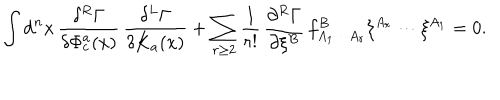
\int \mathrm { d } ^ { n } x \, \frac { \delta ^ { R } \Gamma } { \delta \Phi _ { c } ^ { a } ( x ) } \, \frac { \delta ^ { L } \Gamma } { \delta K _ { a } ( x ) } + \sum _ { r \geq 2 } \frac 1 { r ! } \, \frac { \partial ^ { R } \Gamma } { \partial \xi ^ { B } } \, f _ { A _ { 1 } \cdots A _ { r } } ^ { B } \xi ^ { A _ { r } } \cdots \xi ^ { A _ { 1 } } = 0 .